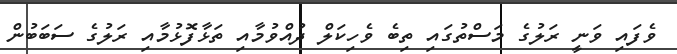
ވެފައި ވަނީ ރަލުގެ މަސްތުގައި ތިބެ ވެހިކަލް ދުއްވުމާއި ތަޅާފޮޅުމާއި ރަލުގެ ސަބަބުން